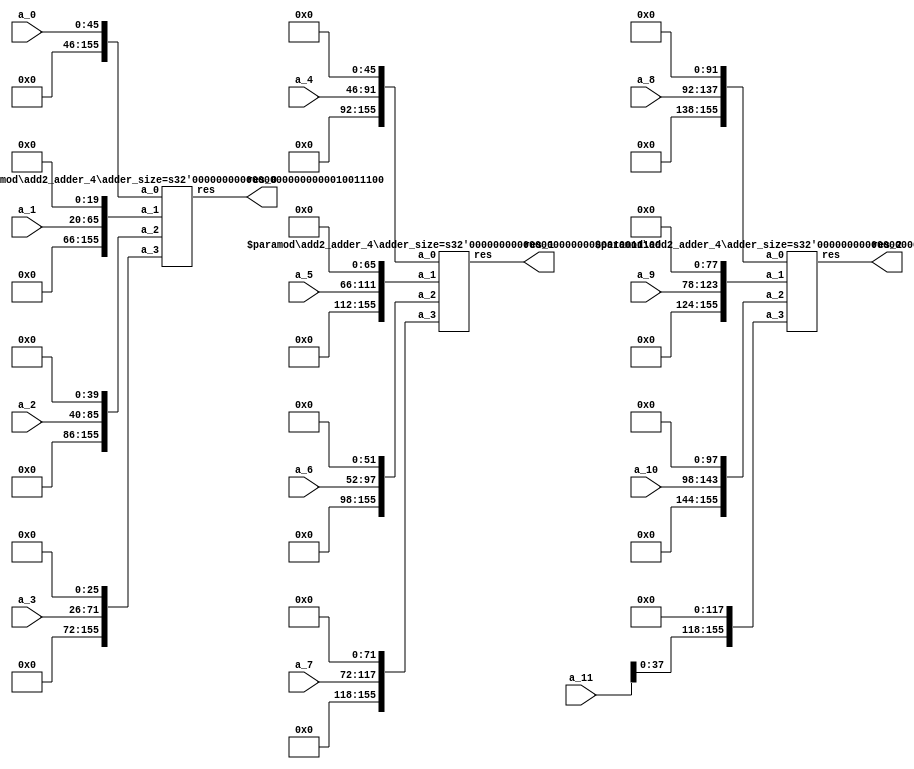
module add1
#(parameter Size = 46, radix = 78)
(
	input [Size-1:0] a_0,
	input [Size-1:0] a_1,
	input [Size-1:0] a_2,
	input [Size-1:0] a_3,
	input [Size-1:0] a_4,
	input [Size-1:0] a_5,
	input [Size-1:0] a_6,
	input [Size-1:0] a_7,
	input [Size-1:0] a_8,
	input [Size-1:0] a_9,
	input [Size-1:0] a_10,
	input [Size-1:0] a_11,
	// input [Size-1:0] a_12,
	// input [Size-1:0] a_13,
	// input [Size-1:0] a_14,
	output [radix*2-1:0] res_0,
	output [radix*2-1:0] res_1,
	output [radix*2-1:0] res_2
);
    //need modify depends on the size or the radix
	wire [radix*2-1:0] a_0_w = {110'b0,a_0};
	wire [radix*2-1:0] a_1_w = {90'b0,a_1,20'b0};  
	wire [radix*2-1:0] a_2_w = {70'b0,a_2,40'b0};  
	wire [radix*2-1:0] a_3_w = {84'b0,a_3,26'b0};  
	wire [radix*2-1:0] a_4_w = {64'b0,a_4,46'b0};  
	wire [radix*2-1:0] a_5_w = {44'b0,a_5,66'b0};  
	wire [radix*2-1:0] a_6_w = {58'b0,a_6,52'b0};  
	wire [radix*2-1:0] a_7_w = {38'b0,a_7,72'b0};  
	wire [radix*2-1:0] a_8_w = {18'b0,a_8,92'b0};  
	wire [radix*2-1:0] a_9_w = {32'b0,a_9,78'b0};  
	wire [radix*2-1:0] a_10_w = {12'b0,a_10,98'b0};
	wire [radix*2-1:0] a_11_w = {a_11[37:0],118'b0};
	// wire [radix*2-1:0] a_12_w = {27'b0,a_12,86'b0};
	// wire [radix*2-1:0] a_13_w = {10'b0,a_13,103'b0};
	// wire [radix*2-1:0] a_14_w = {a_14[35:0],120'b0};

	add2_adder_4#(.adder_size(radix*2)) add2_0(a_0_w,a_1_w,a_2_w,a_3_w,res_0);
	add2_adder_4#(.adder_size(radix*2)) add2_1(a_4_w,a_5_w,a_6_w,a_7_w,res_1);
	add2_adder_4#(.adder_size(radix*2)) add2_2(a_8_w,a_9_w,a_10_w,a_11_w,res_2);
endmodule

module add2_adder_5
#(parameter adder_size = 108)
(
	input [adder_size-1:0] a_0,
	input [adder_size-1:0] a_1,
	input [adder_size-1:0] a_2,
	input [adder_size-1:0] a_3,
	 input [adder_size-1:0] a_4,
	output [adder_size-1:0] res
);
	assign res = a_0+a_1+a_2+a_3+a_4;
endmodule

module add2_adder_3
#(parameter adder_size = 108)
(
	input [adder_size-1:0] a_0,
	input [adder_size-1:0] a_1,
	input [adder_size-1:0] a_2,
	output [adder_size-1:0] res
);
	assign res = a_0+a_1+a_2;
endmodule

module add2_adder_4
#(parameter adder_size = 108)
(
	input [adder_size-1:0] a_0,
	input [adder_size-1:0] a_1,
	input [adder_size-1:0] a_2,
	input [adder_size-1:0] a_3,
	output [adder_size-1:0] res
);
	assign res = a_0+a_1+a_2+a_3;
endmodule